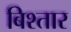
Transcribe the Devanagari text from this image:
बिश्तार